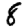
Digit: 8